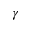
\gamma